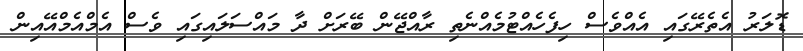
ޑޮލަރު އެތެރޭގައި އެއްވެސް ހިފެހެއްޓުމެއްނެތި ރާއްޖޭން ބޭރަށް ދާ މައްސަލައިގައި ވެސް އެމްއެމްއޭއިން